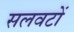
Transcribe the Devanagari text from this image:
सलवटों